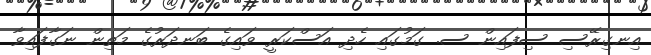
އިނގިރޭސި ސިފައިން ސ. ގަމުގައި ހެދި އަސްކަރީ ވައިގެ ބަނދަރުގެ މަތިން ނަގާފައިވާ